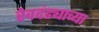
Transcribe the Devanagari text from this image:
रेवदंड्याच्या